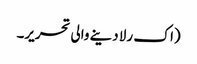
(اک رلا دینے والی تحریر۔